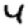
Digit: 4